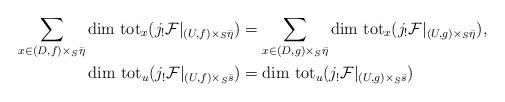
LaTeX: \begin{align*}\sum_{x\in (D,f)\times _S{\bar \eta}}{\rm dim\ tot}_x(j_!{\cal F}|_{(U,f)\times_S{\bar \eta}})&=\sum_{x\in (D,g)\times _S{\bar \eta}}{\rm dim\ tot}_x(j_!{\cal F}|_{(U,g)\times_S{\bar \eta}}),\\{\rm dim\ tot}_u(j_!{\cal F}|_{(U,f)\times_S{\bar s}})&={\rm dim\ tot}_u(j_!{\cal F}|_{(U,g)\times_S{\bar s}})\end{align*}